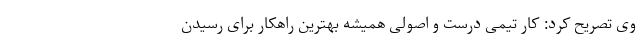
وی تصریح کرد: کار تیمی درست و اصولی همیشه بهترین راهکار برای رسیدن